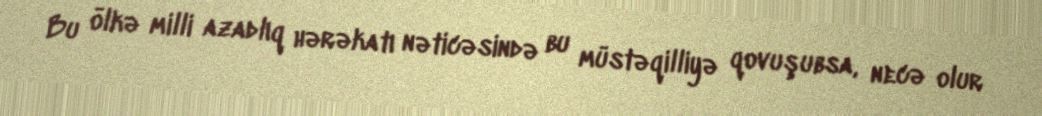
Bu ölkə milli azadlıq hərəkatı nəticəsində bu müstəqilliyə qovuşubsa, necə olur